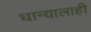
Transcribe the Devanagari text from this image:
धान्यालाही